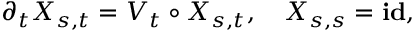
\partial _ { t } X _ { s , t } = V _ { t } \circ X _ { s , t } , \quad X _ { s , s } = \mathop { \bf i d } ,